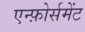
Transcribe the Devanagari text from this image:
एन्फ़ोर्समेंट